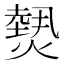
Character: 𤎮